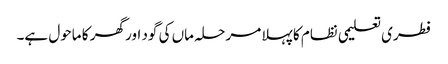
فطری تعلیمی نظام کا پہلا مرحلہ ماں کی گود اور گھر کا ماحول ہے۔